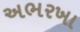
અભરખા